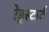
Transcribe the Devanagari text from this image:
रेड्स्टार्ट